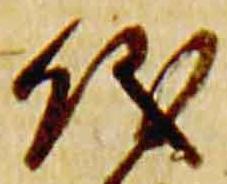
儀